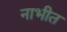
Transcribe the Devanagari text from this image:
नाभीत